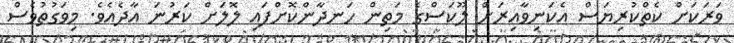
ވަރަކަށް ކެތްކުރިޔަސް އެކަނިވާއިރަށް ލޫކަސްގެ މަތިން ހަނދާންކޮށްފައި ލޮލަށް ކަރުނަ އާދެއެވެ. މިވަގުތުވެސް